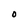
Character: O